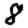
Digit: 8